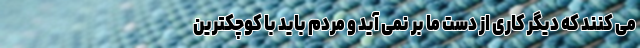
می کنند که دیگر کاری از دست ما بر نمی آید و مردم باید با کوچکترین